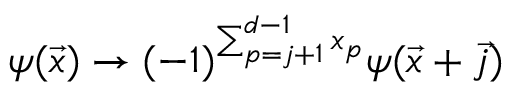
\psi ( \vec { x } ) \rightarrow ( - 1 ) ^ { \sum _ { p = j + 1 } ^ { d - 1 } x _ { p } } \psi ( \vec { x } + \vec { j } )